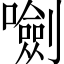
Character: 𡃍